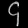
Digit: ၄